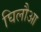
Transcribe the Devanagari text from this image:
घिलौआ